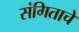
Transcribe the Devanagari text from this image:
संगिताचे